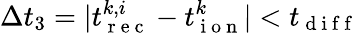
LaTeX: \Delta t_{3}=|t_{\mathrm{~r~e~c~}}^{k,i}-t_{\mathrm{~i~o~n~}}^{k}|<t_{\mathrm{~d~i~f~f~}}